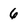
Character: 6